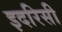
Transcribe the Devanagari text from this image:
इदरिसी